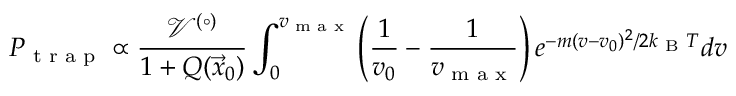
P _ { \textrm { t r a p } } \propto \frac { \mathcal { V } ^ { ( \circ ) } } { 1 + Q ( \vec { x } _ { 0 } ) } \int _ { 0 } ^ { v _ { \textrm { m a x } } } \left( \frac { 1 } { v _ { 0 } } - \frac { 1 } { v _ { \textrm { m a x } } } \right) e ^ { - m ( v - v _ { 0 } ) ^ { 2 } / 2 k _ { \textrm { B } } T } d v